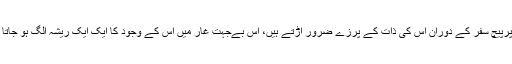
اس پرپیچ سفر کے دوران اس کی ذات کے پرزے ضرور اڑتے ہیں، اس بےجہت غار میں اس کے وجود کا ایک ایک ریشہ الگ ہو جاتا ہے۔